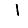
Digit: 1